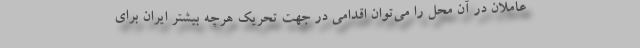
عاملان در آن محل را می‌توان اقدامی در جهت تحریک هرچه بیشتر ایران برای